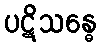
ပဋိသန္ဓေ